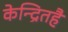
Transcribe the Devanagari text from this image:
केन्द्रितहै